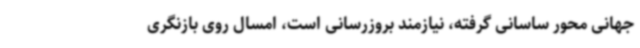
جهانی محور ساسانی گرفته، نیازمند بروزرسانی است، امسال روی بازنگری